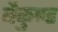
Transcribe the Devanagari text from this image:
बैकुण्ड